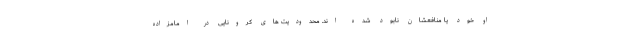
او خود یا منافعشان نابود شده اند. محدودیت های کرونایی در امامزاده